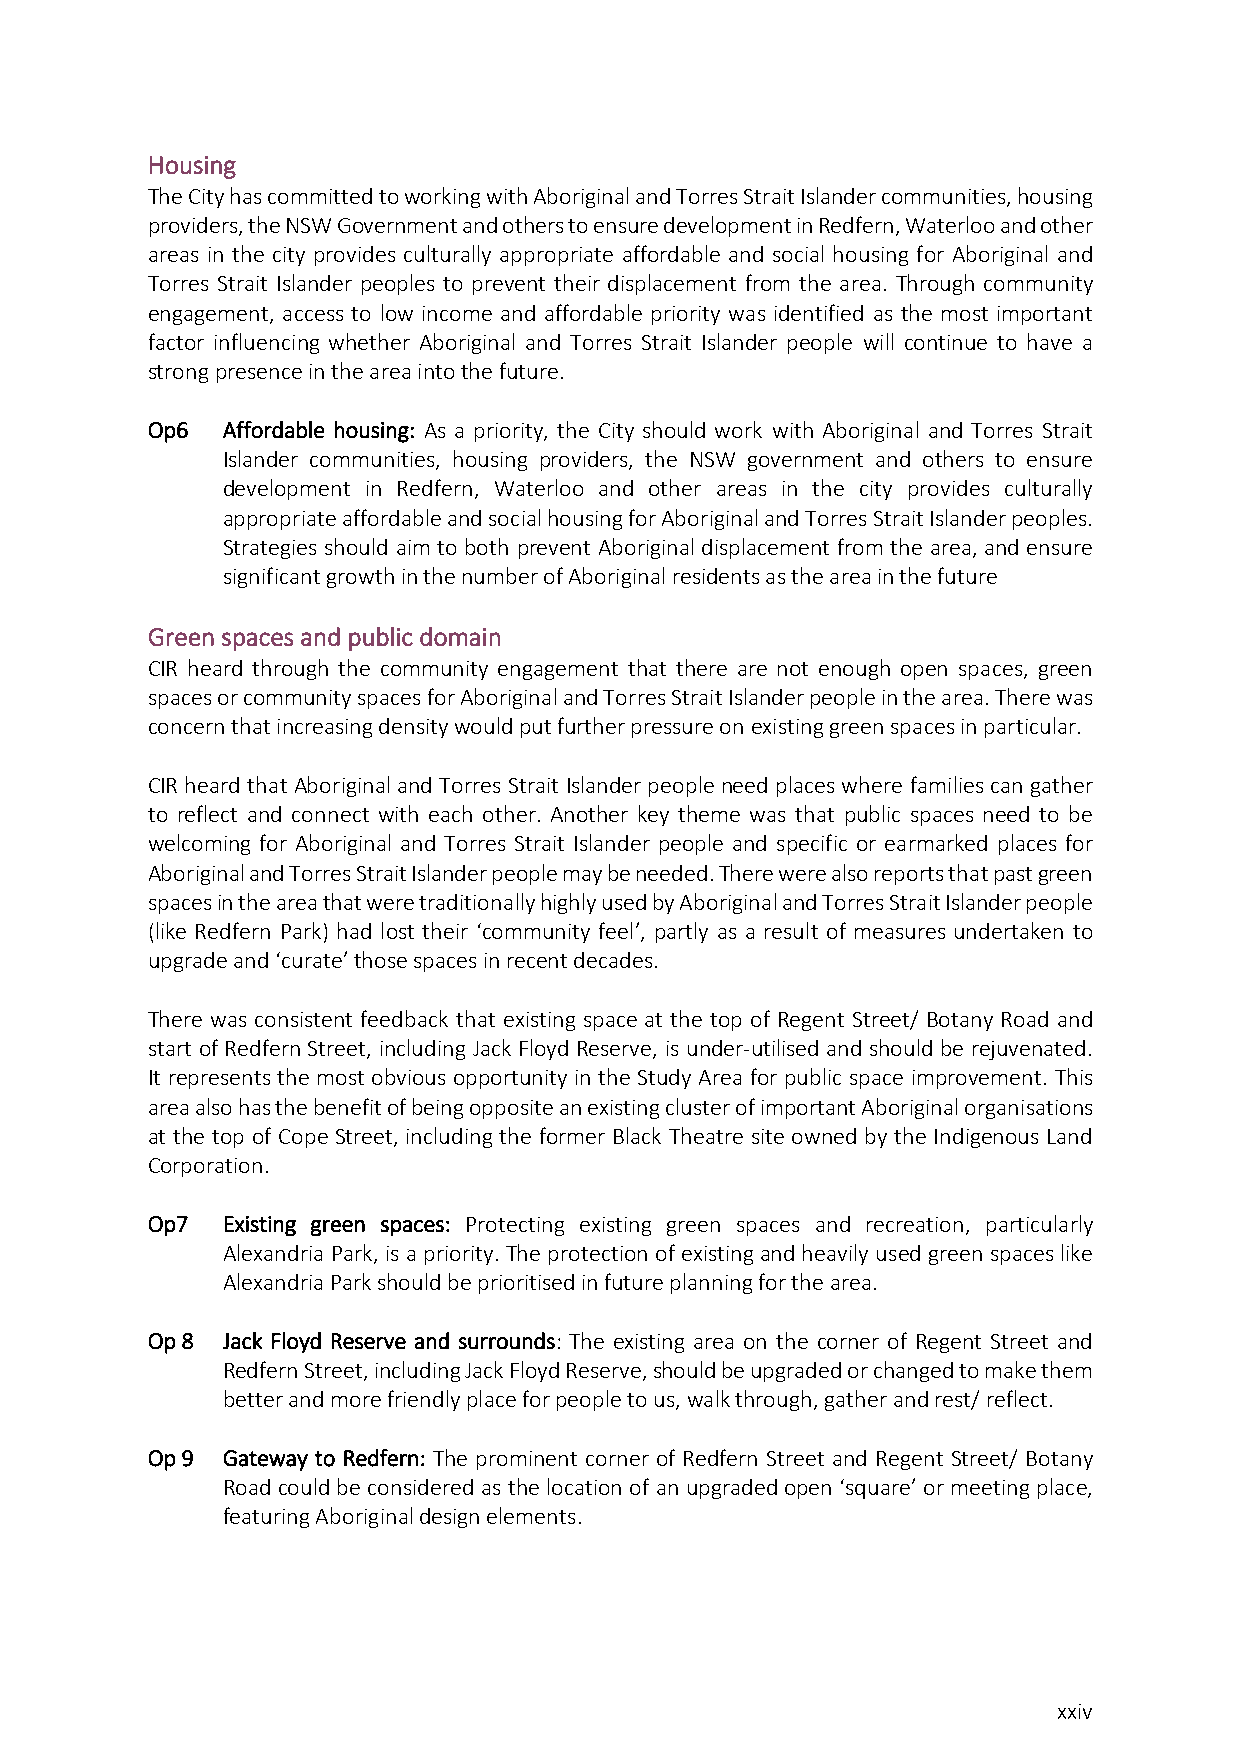
Housing
 The City has committed to working with Aboriginal and Torres Strait Islander communities, housing
 providers, the NSW Government and others to ensure development in Redfern, Waterloo and other
 areas in the city provides culturally appropriate affordable and social housing for Aboriginal and
 Torres Strait Islander peoples to prevent their displacement from the area. Through community
 engagement, access to low income and affordable priority was identified as the most important
 factor influencing whether Aboriginal and Torres Strait Islander people will continue to have a
 strong presence in the area into the future.
 Op6  Affordable housing: As a priority, the City should work with Aboriginal and Torres Strait
 Islander communities, housing providers, the NSW government and others to ensure
 development in Redfern, Waterloo and other areas in the city provides culturally
 appropriate affordable and social housing for Aboriginal and Torres Strait Islander peoples.
 Strategies should aim to both prevent Aboriginal displacement from the area, and ensure
 significant growth in the number of Aboriginal residents as the area in the future
 Green spaces and public domain
 CIR heard through the community engagement that there are not enough open spaces, green
 spaces or community spaces for Aboriginal and Torres Strait Islander people in the area. There was
 concern that increasing density would put further pressure on existing green spaces in particular.
 CIR heard that Aboriginal and Torres Strait Islander people need places where families can gather
 to reflect and connect with each other. Another key theme was that public spaces need to be
 welcoming for Aboriginal and Torres Strait Islander people and specific or earmarked places for
 Aboriginal and Torres Strait Islander people may be needed. There were also reports that past green
 spaces in the area that were traditionally highly used by Aboriginal and Torres Strait Islander people
 (like Redfern Park) had lost their ‘community feel’, partly as a result of measures undertaken to
 upgrade and ‘curate’ those spaces in recent decades.
 There was consistent feedback that existing space at the top of Regent Street/ Botany Road and
 start of Redfern Street, including Jack Floyd Reserve, is under-utilised and should be rejuvenated.
 It represents the most obvious opportunity in the Study Area for public space improvement. This
 area also has the benefit of being opposite an existing cluster of important Aboriginal organisations
 at the top of Cope Street, including the former Black Theatre site owned by the Indigenous Land
 Corporation.
 Op7  Existing green spaces: Protecting existing green spaces and recreation, particularly
 Alexandria Park, is a priority. The protection of existing and heavily used green spaces like
 Alexandria Park should be prioritised in future planning for the area.
 Op 8 Jack Floyd Reserve and surrounds: The existing area on the corner of Regent Street and
 Redfern Street, including Jack Floyd Reserve, should be upgraded or changed to make them
 better and more friendly place for people to us, walk through, gather and rest/ reflect.
 Op 9 Gateway to Redfern: The prominent corner of Redfern Street and Regent Street/ Botany
 Road could be considered as the location of an upgraded open ‘square’ or meeting place,
 featuring Aboriginal design elements.
 xxiv